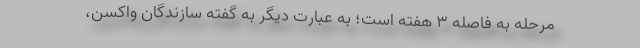
مرحله به فاصله 3 هفته است؛ به عبارت دیگر به گفته سازندگان واکسن،